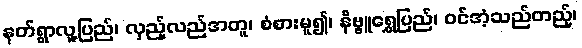
နတ်ရွာလူ့ပြည်၊ လှည့်လည်အတူ၊ စံစားမူ၍၊ နိဗ္ဗူရွှေပြည်၊ ဝင်အံ့သည်တည့်၊